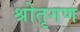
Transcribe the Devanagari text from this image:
श्रोतृगण